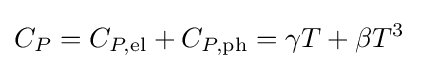
C_{P}=C_{P,{\rm {el}}}+C_{P,{\rm {ph}}}=\gamma T+\beta T^{3}\